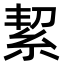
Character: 絜